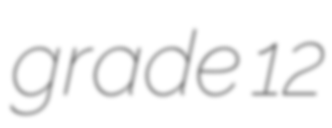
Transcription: grade 12